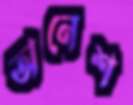
অনেশ